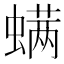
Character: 螨